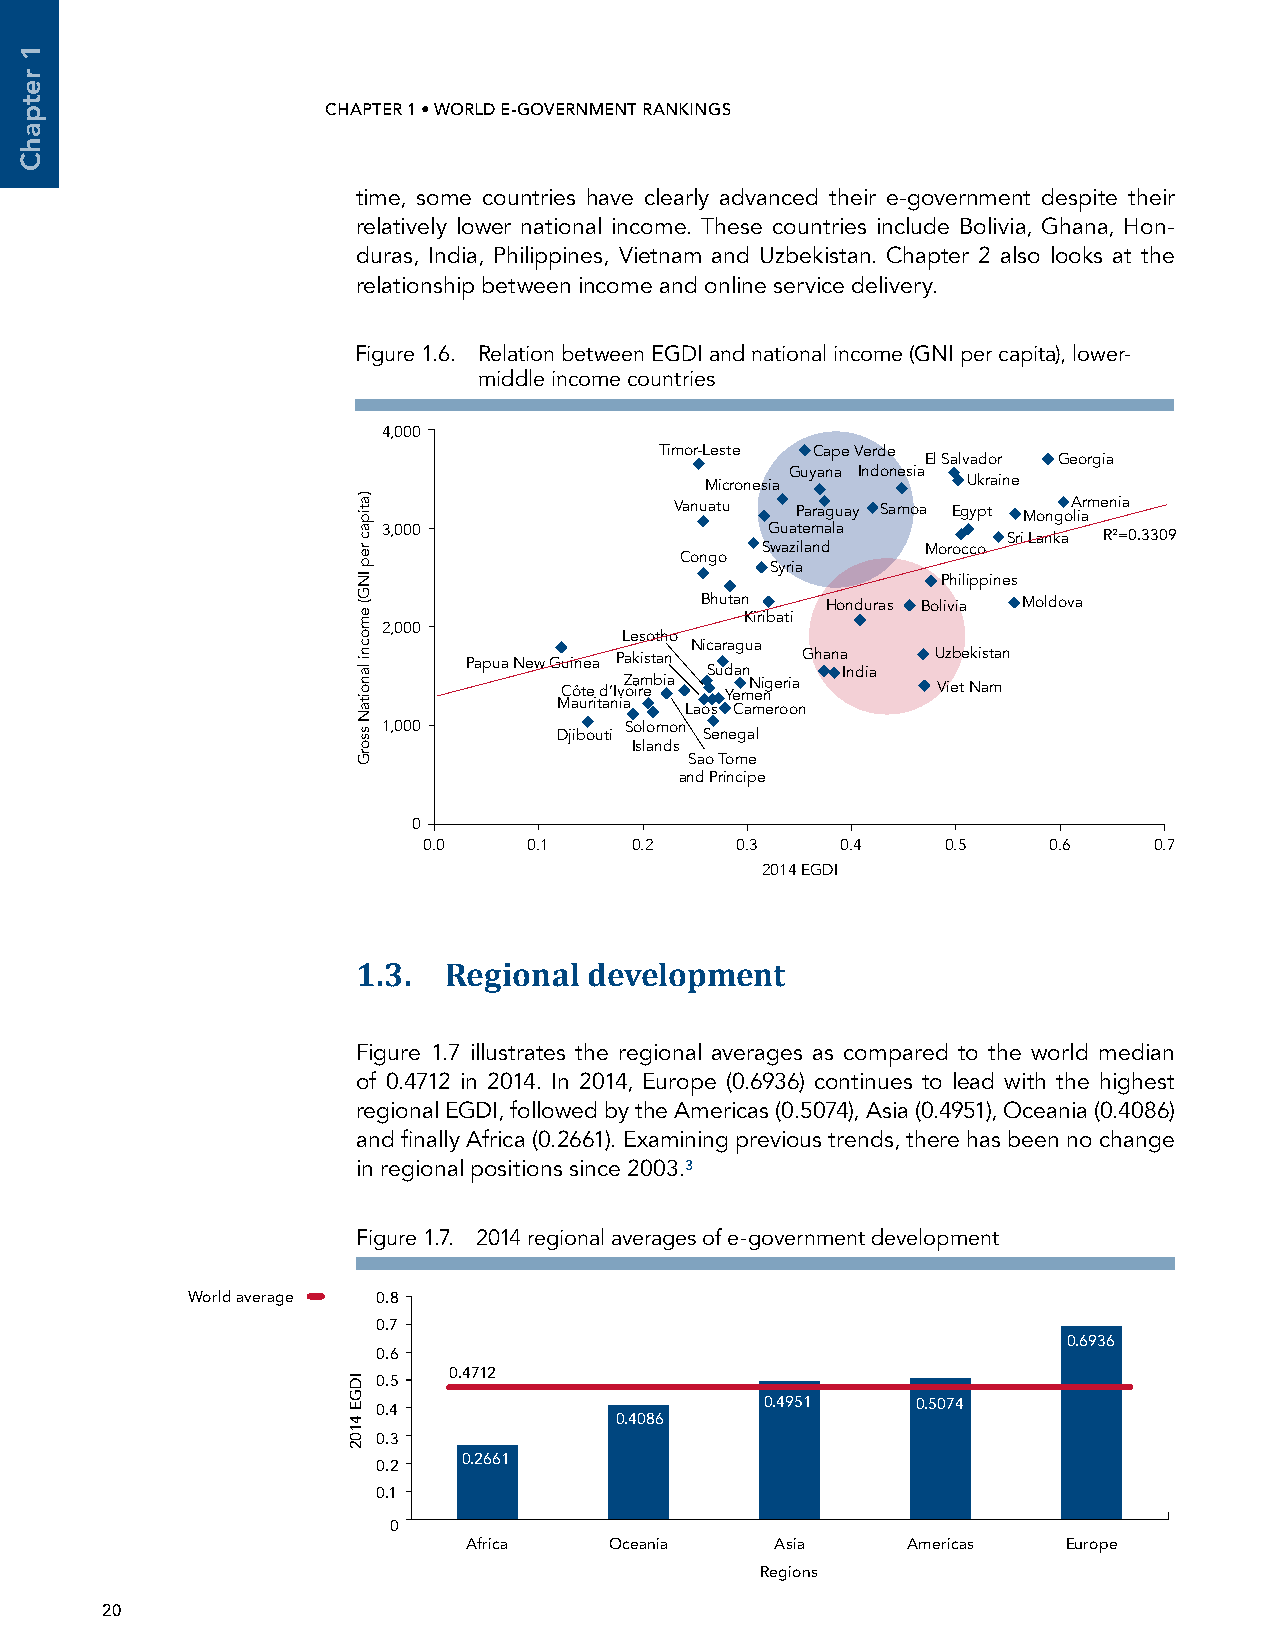
CHAPTER 1 • WORLD E-GOVERNMENT RANKINGS                                                            UNITED NATIONS E-GOVERNMENT SURVEY 2014
 time, some countries have clearly advanced their e-government despite their
 relatively lower national income. These countries include Bolivia, Ghana, Hon-
 duras, India, Philippines, Vietnam and Uzbekistan. Chapter 2 also looks at the
 relationship between income and online service delivery.
 Figure 1.6. R elation between EGDI and national income (GNI per capita), lower-
 middle income countries
 4,000
 Timor-Leste Cape Verde
 El Salvador Georgia
 Guyana Indonesia
 Micronesia       Ukraine
 Vanuatu Paraguay Samoa Egypt MongoA liarmenia
 3,000                     Guatemala       Sri Lanka R²=0.3309
 Swaziland  Morocco
 Congo
 Syria
 Philippines
 Bhutan   Honduras Bolivia Moldova
 Kiribati
 2,000
 Lesotho
 Nicaragua
 Papua New Guinea Pakistan Ghana Uzbekistan Sudan India
 Côte d’IvZ oa irm ebia YemN ei ngeria Viet Nam
 Mauritania Laos Cameroon
 1,000           Solomon Djibouti Senegal
 Islands
 Sao Tome
 and Principe
 0
 0.0    0.1    0.2    0.3    0.4    0.5   0.6    0.7
 2014 EGDI
 1.3. Regional  development
 Figure 1.7 illustrates the regional averages as compared to the world median
 of 0.4712 in 2014. In 2014, Europe (0.6936) continues to lead with the highest
 regional EGDI, followed by the Americas (0.5074), Asia (0.4951), Oceania (0.4086)
 and finally Africa (0.2661). Examining previous trends, there has been no change
 in regional positions since 2003.3
 Figure 1.7. 2014 regional averages of e-government development
 World average 0.8
 0.7
 0.6936
 0.6
 0.4712
 0.5
 0.4951    0.5074
 0.4
 0.4086
 0.3
 0.2661
 0.2
 0.1
 0
 Africa   Oceania    Asia     Americas   Europe
 Regions
 20
 1
 retpahC
 IDGE
 4102
 )atipac
 rep
 ING(
 emocni
 lanoitaN
 ssorG